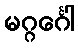
မဂ္ဂင်္ဂေါ